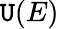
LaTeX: \mathtt{U}(E)